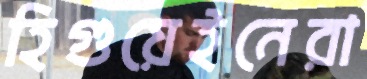
হিগুয়েইনেরা